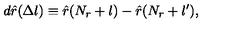
d \hat { r } ( \Delta l ) \equiv \hat { r } ( N _ { r } + l ) - \hat { r } ( N _ { r } + l ^ { \prime } ) ,